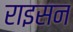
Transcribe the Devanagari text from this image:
राइसन